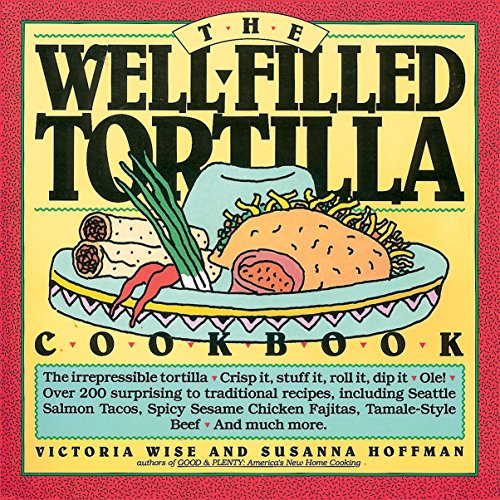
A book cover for The Well-Filled Tortilla Cookbook; Susanna Hoffman; Cookbooks, Food & Wine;